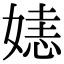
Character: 㜇